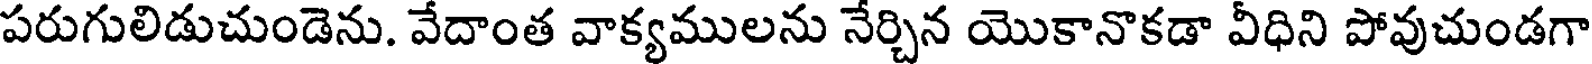
పరుగులిడుచుండెను. వేదాంత వాక్యములను నేర్చిన యొకానొకడా వీధిని పోవుచుండగా